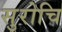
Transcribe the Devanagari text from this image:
सुरोचि